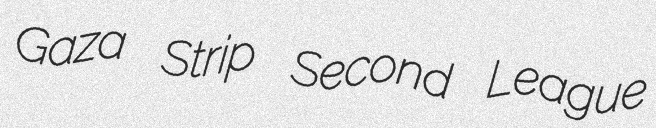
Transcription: Gaza Strip Second League